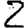
Digit: 2